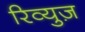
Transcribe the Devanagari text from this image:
रिव्युज़